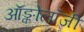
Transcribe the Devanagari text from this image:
ऑङ्कोलॉजी